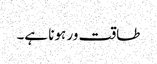
طاقت ور ہونا ہے۔